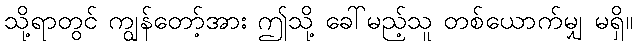
သို့ရာတွင် ကျွန်တော့်အား ဤသို့ ခေါ်မည့်သူ တစ်ယောက်မျှ မရှိ။